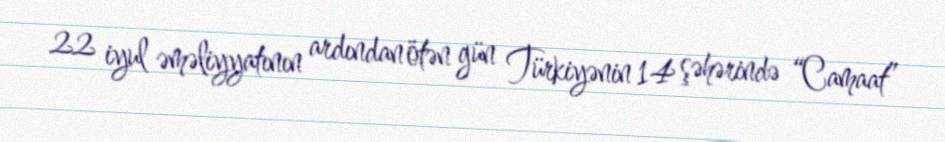
22 iyul əməliyyatının ardından ötən gün Türkiyənin 14 şəhərində “Camaat”